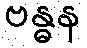
ဗန္ဓန